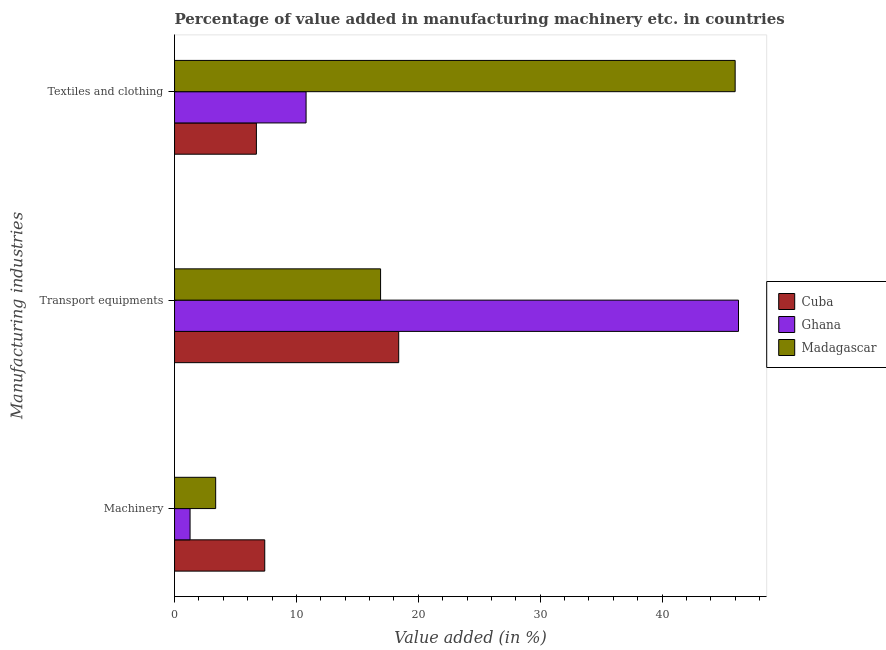
| Manufacturing industries | Cuba | Ghana | Madagascar |
 | --- | --- | --- | --- |
 | Machinery | 7.4 | 1.27 | 3.37 |
 | Transport equipments | 18.4 | 46.3 | 16.9 |
 | Textiles and clothing | 6.71 | 10.8 | 46 |